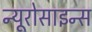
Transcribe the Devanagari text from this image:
न्यूरोसाइन्स